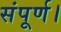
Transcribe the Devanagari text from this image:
संपूर्ण।